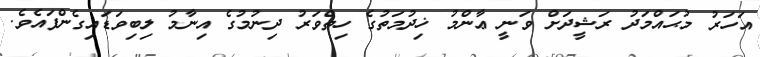
އަހަރު މުޙައްމަދު ރަޝީދަށް ވަނީ ޢާންމު ޚިދުމަތުގެ ހިތްވަރު ދިނުމުގެ އިނާމު ލިބިވަޑައިގެންފައެވެ.